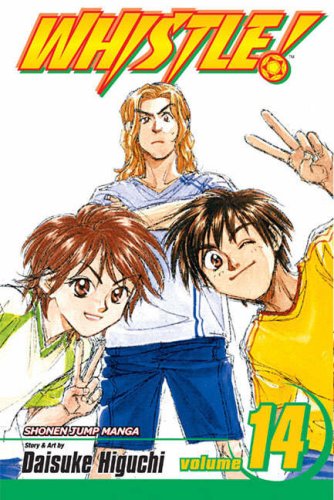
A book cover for Whistle!, Volume 14 (v. 4); Daisuke Higuchi; Comics & Graphic Novels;